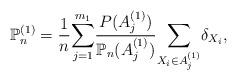
LaTeX: \begin{align*}\mathbb{P}_{n}^{(1)}=\frac{1}{n}{\displaystyle\sum\limits_{j=1}^{m_{1}}}\frac{P(A_{j}^{(1)})}{\mathbb{P}_{n}(A_{j}^{(1)})}{\displaystyle\sum\limits_{X_{i}\in A_{j}^{(1)}}}\delta_{X_{i}},\end{align*}